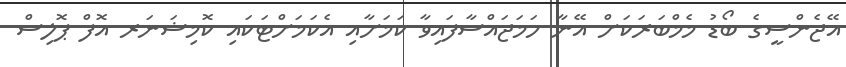
އޭޖެންސީގެ ބޯޑު މެމްބަރަކަށް އޭނާ ހަމަޖައްސާފައިވާ ކަމަށާއި އެކަމަށްޓަކައި ކޮމިޝަނަރ އޮފް ޕޮލިސް